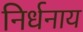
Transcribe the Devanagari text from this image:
निर्धनाय